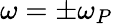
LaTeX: \omega=\pm\omega_{P}